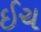
ઈચ